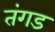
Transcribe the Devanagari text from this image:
तंगड